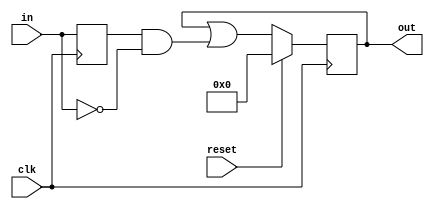
module top_module (
    input clk,
    input reset,
    input [31:0] in,
    output reg [31:0] out
);

    reg [31:0] previous_in;

    always @(posedge clk) begin
        if (reset) begin
            out <= 32'b0;
        end else begin
            // Detect 1 to 0 transition for each bit
            out <= out | (previous_in & ~in);
        end
        // Store the current state as the previous state for the next cycle
        previous_in <= in;
    end

endmodule